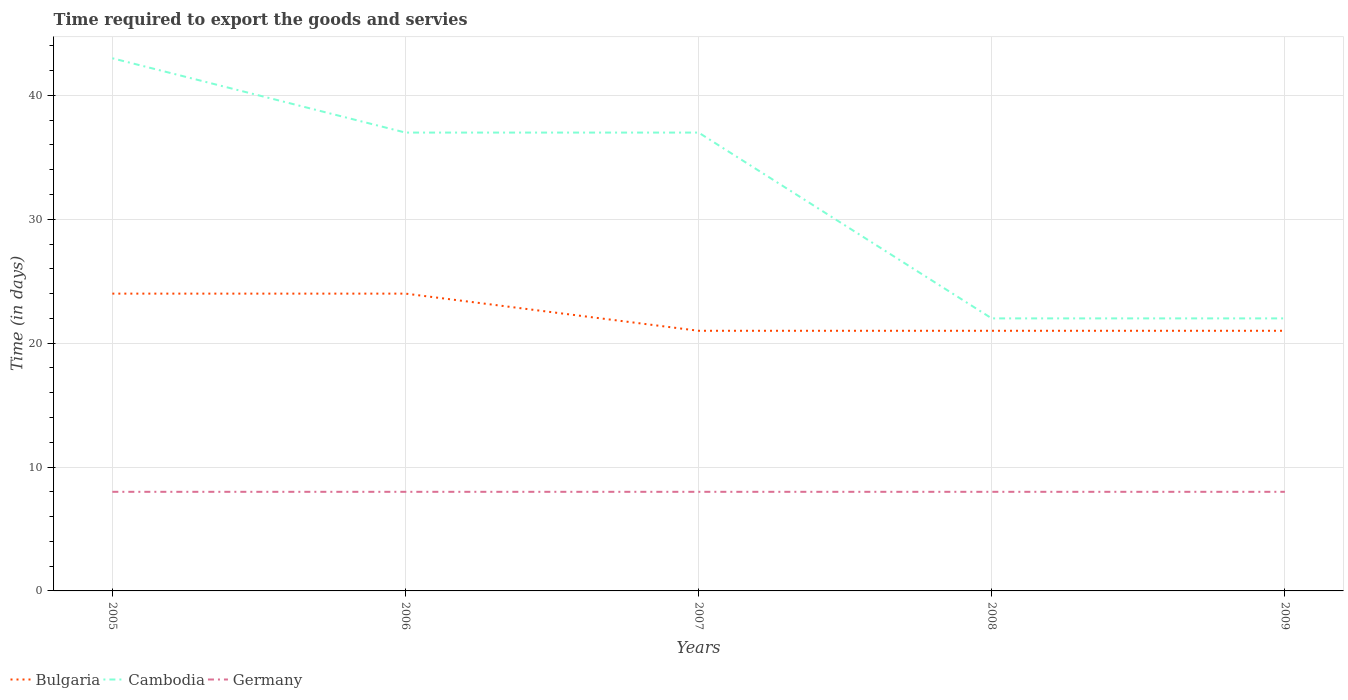
| Years | Bulgaria | Cambodia | Germany |
 | --- | --- | --- | --- |
 | 2005 | 24 | 43 | 8 |
 | 2006 | 24 | 37 | 8 |
 | 2007 | 21 | 37 | 8 |
 | 2008 | 21 | 22 | 8 |
 | 2009 | 21 | 22 | 8 |